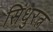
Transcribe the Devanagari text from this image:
सिंधुरत्न